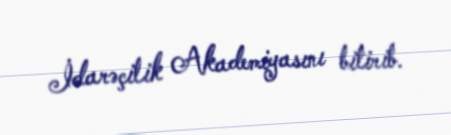
İdarəçilik Akademiyasını bitirib.